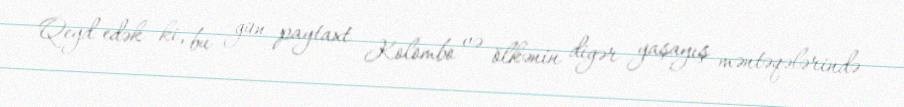
Qeyd edək ki, bu gün paytaxt Kolombo və ölkənin digər yaşayış məntəqələrində